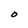
Character: O